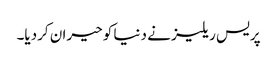
پریس ریلیز نے دنیا کو حیران کردیا۔